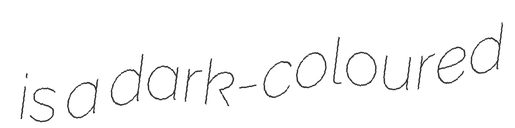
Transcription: is a dark-coloured